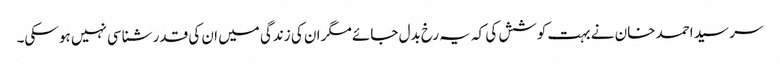
سر سید احمد خان نے بہت کوشش کی کہ یہ رخ بدل جائے مگر ان کی زندگی میں ان کی قدر شناسی نہیں ہو سکی۔